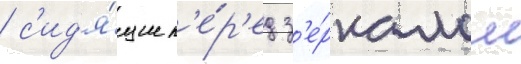
/ с'ид'я́щие п'е́р'ед з'е́ркалом